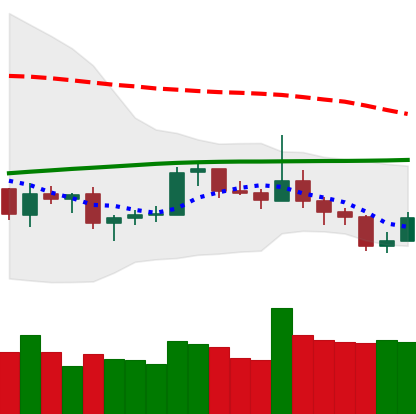
Ticker: LTC-USD
Chart end date: 2019-08-11
Forward return: -16.526%
Label: down_7plus